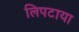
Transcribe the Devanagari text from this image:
लिपटाया